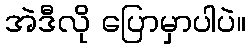
အဲဒီလို ပြောမှာပါပဲ။